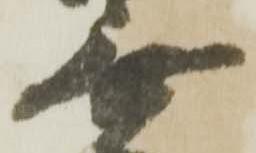
無